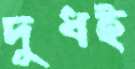
দুধই